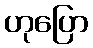
ဟုပြော